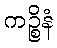
ကဉ္စိနံ